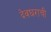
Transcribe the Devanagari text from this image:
देवघराची